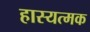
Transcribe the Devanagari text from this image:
हास्यत्मक